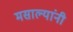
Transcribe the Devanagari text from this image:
मसाल्यांनी